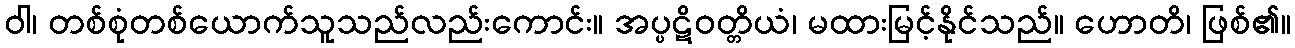
ဝါ၊ တစ်စုံတစ်ယောက်သူသည်လည်းကောင်း။ အပ္ပဋိဝတ္တိယံ၊ မထားမြင့်နိုင်သည်။ ဟောတိ၊ ဖြစ်၏။